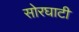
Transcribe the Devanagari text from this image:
सोरघाटी